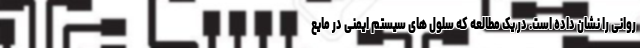
روانی را نشان داده است. در یک مطالعه که سلول های سیستم ایمنی در مایع